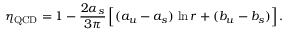
\eta _ { \mathrm { Q C D } } = 1 - { \frac { 2 \alpha _ { s } } { 3 \pi } } \, \Big [ ( a _ { u } - a _ { s } ) \, \ln r + ( b _ { u } - b _ { s } ) \Big ] \, .